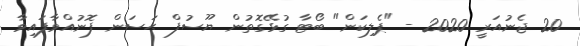
20 ޖެނުއަރީ 2020 - "ޕެލިކަން" ބޯޓާ ގުޅޭގޮތުން ޔޫސުފް ޙަސަން ފޮނުއްވާފައިވާ